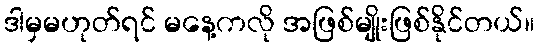
ဒါမှမဟုတ်ရင် မနေ့ကလို အဖြစ်မျိုးဖြစ်နိုင်တယ်။